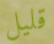
قليل